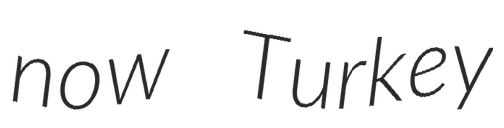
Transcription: now Turkey